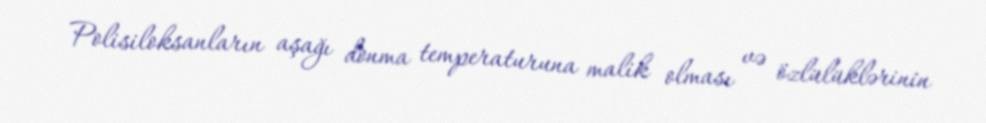
Polisiloksanların aşağı donma temperaturuna malik olması və özlülüklərinin